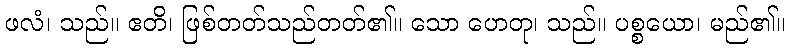
ဖလံ၊ သည်။ ဧတိ၊ ဖြစ်တတ်သည်တတ်၏။ သော ဟေတု၊ သည်။ ပစ္စယော၊ မည်၏။